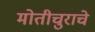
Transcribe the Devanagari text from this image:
मोतीचुराचे